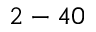
2 - 4 0